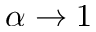
\alpha \rightarrow 1